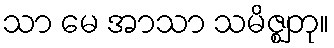
သာ မေ အာသာ သမိဇ္ဈတု။